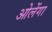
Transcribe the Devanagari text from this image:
ओलेंगा